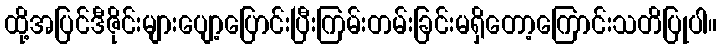
ထို့အပြင်ဒီဇိုင်းများပျော့ပြောင်းပြီးကြမ်းတမ်းခြင်းမရှိတော့ကြောင်းသတိပြုပါ။